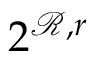
2 ^ { \mathcal { R } , r }